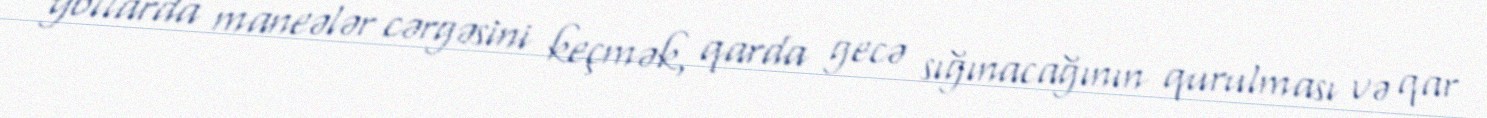
yollarda maneələr cərgəsini keçmək, qarda gecə sığınacağının qurulması və qar